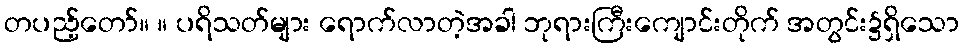
တပည့်တော်။ ။ ပရိသတ်များ ရောက်လာတဲ့အခါ ဘုရားကြီးကျောင်းတိုက် အတွင်း၌ရှိသော